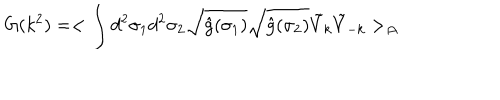
G ( k ^ { 2 } ) = < \int d ^ { 2 } \sigma _ { 1 } d ^ { 2 } \sigma _ { 2 } \sqrt { \hat { g } ( \sigma _ { 1 } ) } \sqrt { \hat { g } ( \sigma _ { 2 } ) } { \tilde { V } } _ { k } { \tilde { V } } _ { - k } > _ { \cal { A } }